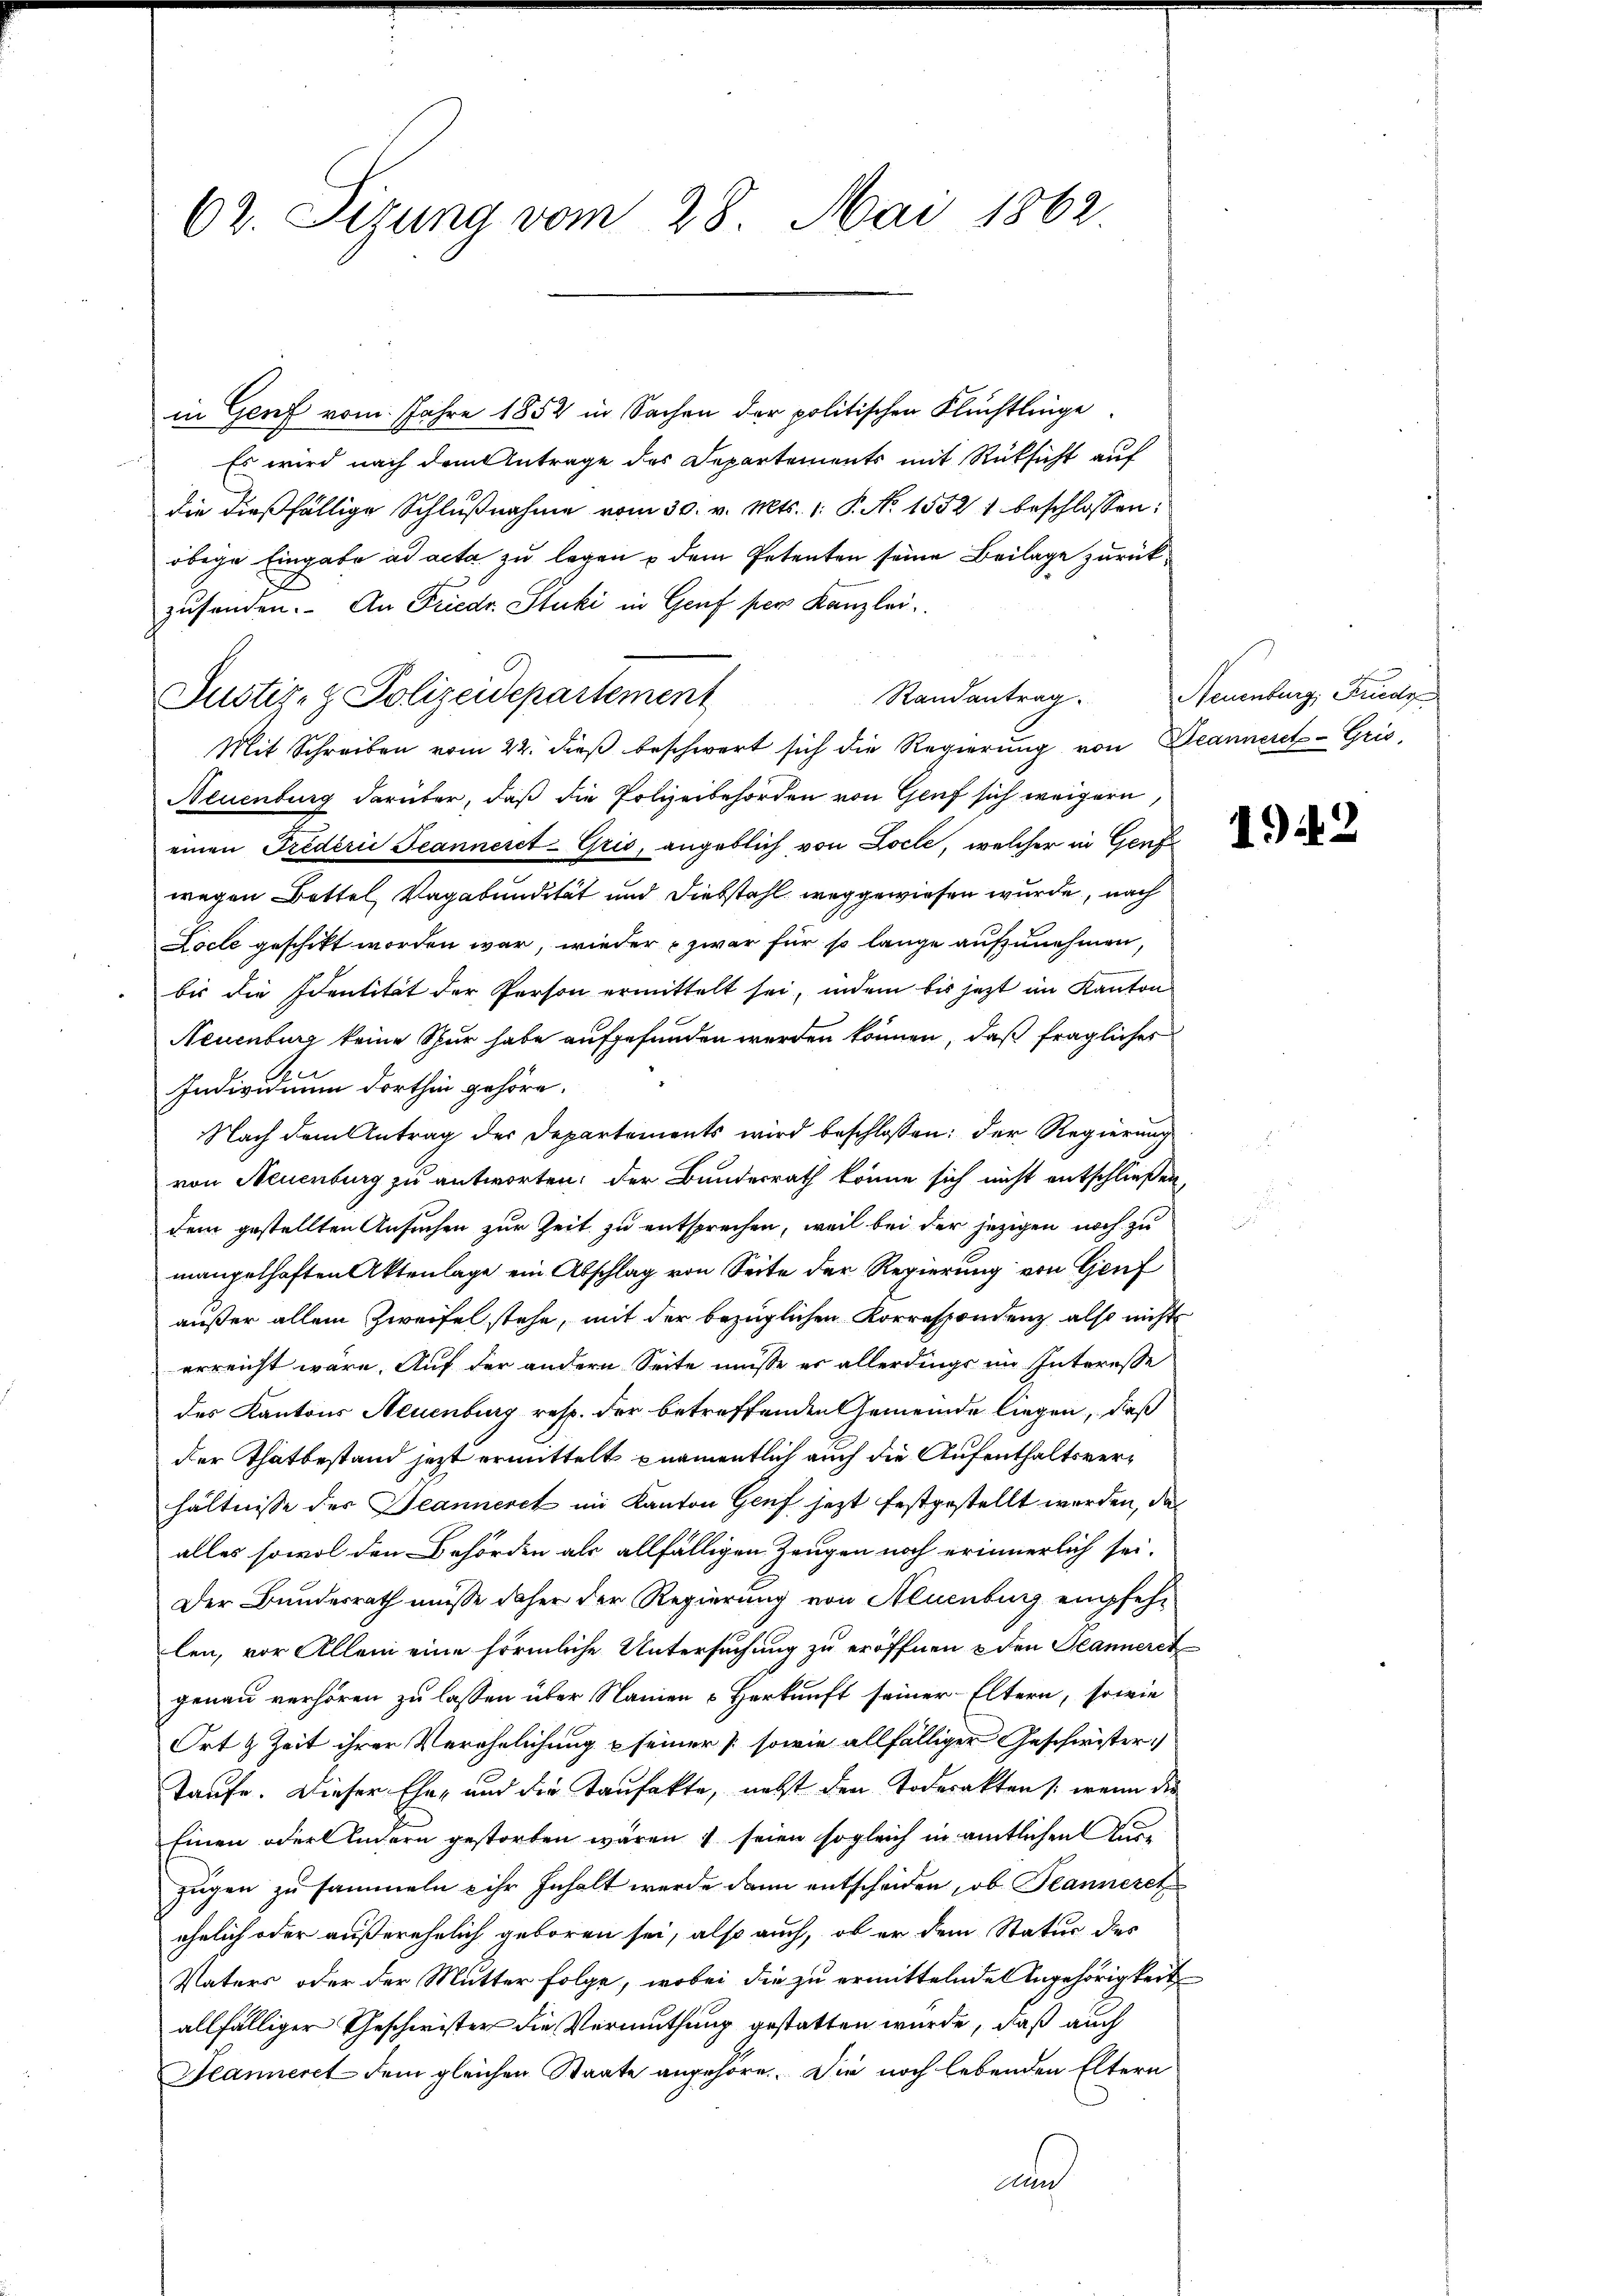
62. Sizung vom 28. Mai 1862.

in Genf vom Jahre 1852 in Sachen der politischen Flüchtlinge
Es wird nach dem Antrage des Departements mit Rüksicht auf
die dießfällige Schlŭβnahme vom 30. v. Mts. 1. P. No 15521 beschlossen:
obige Eingabe ad acta zu legen u dem Petenten seine Beilage zurückzusenden. An Friedr. Stucki in Genf per Kanzlei.
Randantrag.
Justiz- & Polizeidepartement
Mit Schreiben vom 22. dieß beschwert sich die Regierung von Beanneret-Gris,
Neuenburg darüber, daß die Polizeibehörden von Genf sich weigern,
einen Frederii Jeannerct-Gris, angeblich von Locle, welcher in Genf
wegen Bettel, Vagabundität und Diebstahl weggewiesen wurde, nach
Locle geschikt worden war, wieder zwar für so lange aufzunehmen,
bis die Identität der Person ermittelt sei, indem bis jetzt im Kanton
Neuenburg keine Spur habe aufgefunden werden können, daß fragliches
Individuum dorthin gehöre.
Nach dem Antrag der Departements wird beschlossen: der Regierung
von Neuenburg zu antworten; der Bundesrath könne sich nicht entschließen,
dem gestellten Ansuchen zur Zeit zu entsprechen, weil bei der jezigen noch zu
mangelhaften Aktenlage ein Abschlag von Seite der Regierung von Genf
außer allein Zweifel stehe, mit der bezüglichen Korrespondenz also nicht
erreicht wäre. Auf der andern Seite müsse er allerdings im Interesse
des Kantons Neuenburg resp. der betreffenden Gemeinde liegen, daß
der Thatbestand jetzt ermittelt pnamentlich auch die Aufenthaltsverhältnisse des Jeanneret im Kanton Genf jezt festgestellt werden, das
alles sowol den Behörden als allfälligen Zeugen noch erinnerlich sei.
Der Bundesrath müsse daher der Regierung von Neuenburg empfehlen, vor Allem eine förmliche Untersuchung zu eröffnen u den Planneret
genau verhören zu lassen über Namen u Herkunft seiner Eltern, sowie
Ort & Zeit ihrer Verehelichung & seiner sowie allfälliger Geschwister
Taufe. Dieser Eher und die Taufakte, nebst den Todesakten /: wenn die
Einen oder Andern gestorben wären & seien sogleich in amtlichen un
zügen zu sammeln & ihr Inhalt werde dann entscheiden, ob Jeanneret
ehelich oder außerehelich geboren sei, also auch, ob er dem Statur des
Vaters oder der Mutter Folge, wobei die zu ermittelnden Angehörigkeit
allfälliger Geschwister die Vermuthung gestatten wurde, daß auch
Jeanneret dem gleichen Staate angehöre. Die noch lebenden Eltern
a

Neuenburg, Kredi

1942